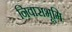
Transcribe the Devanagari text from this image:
निवासभूमि